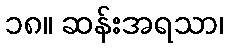
၁၈။ ဆန်းအရသာ၊